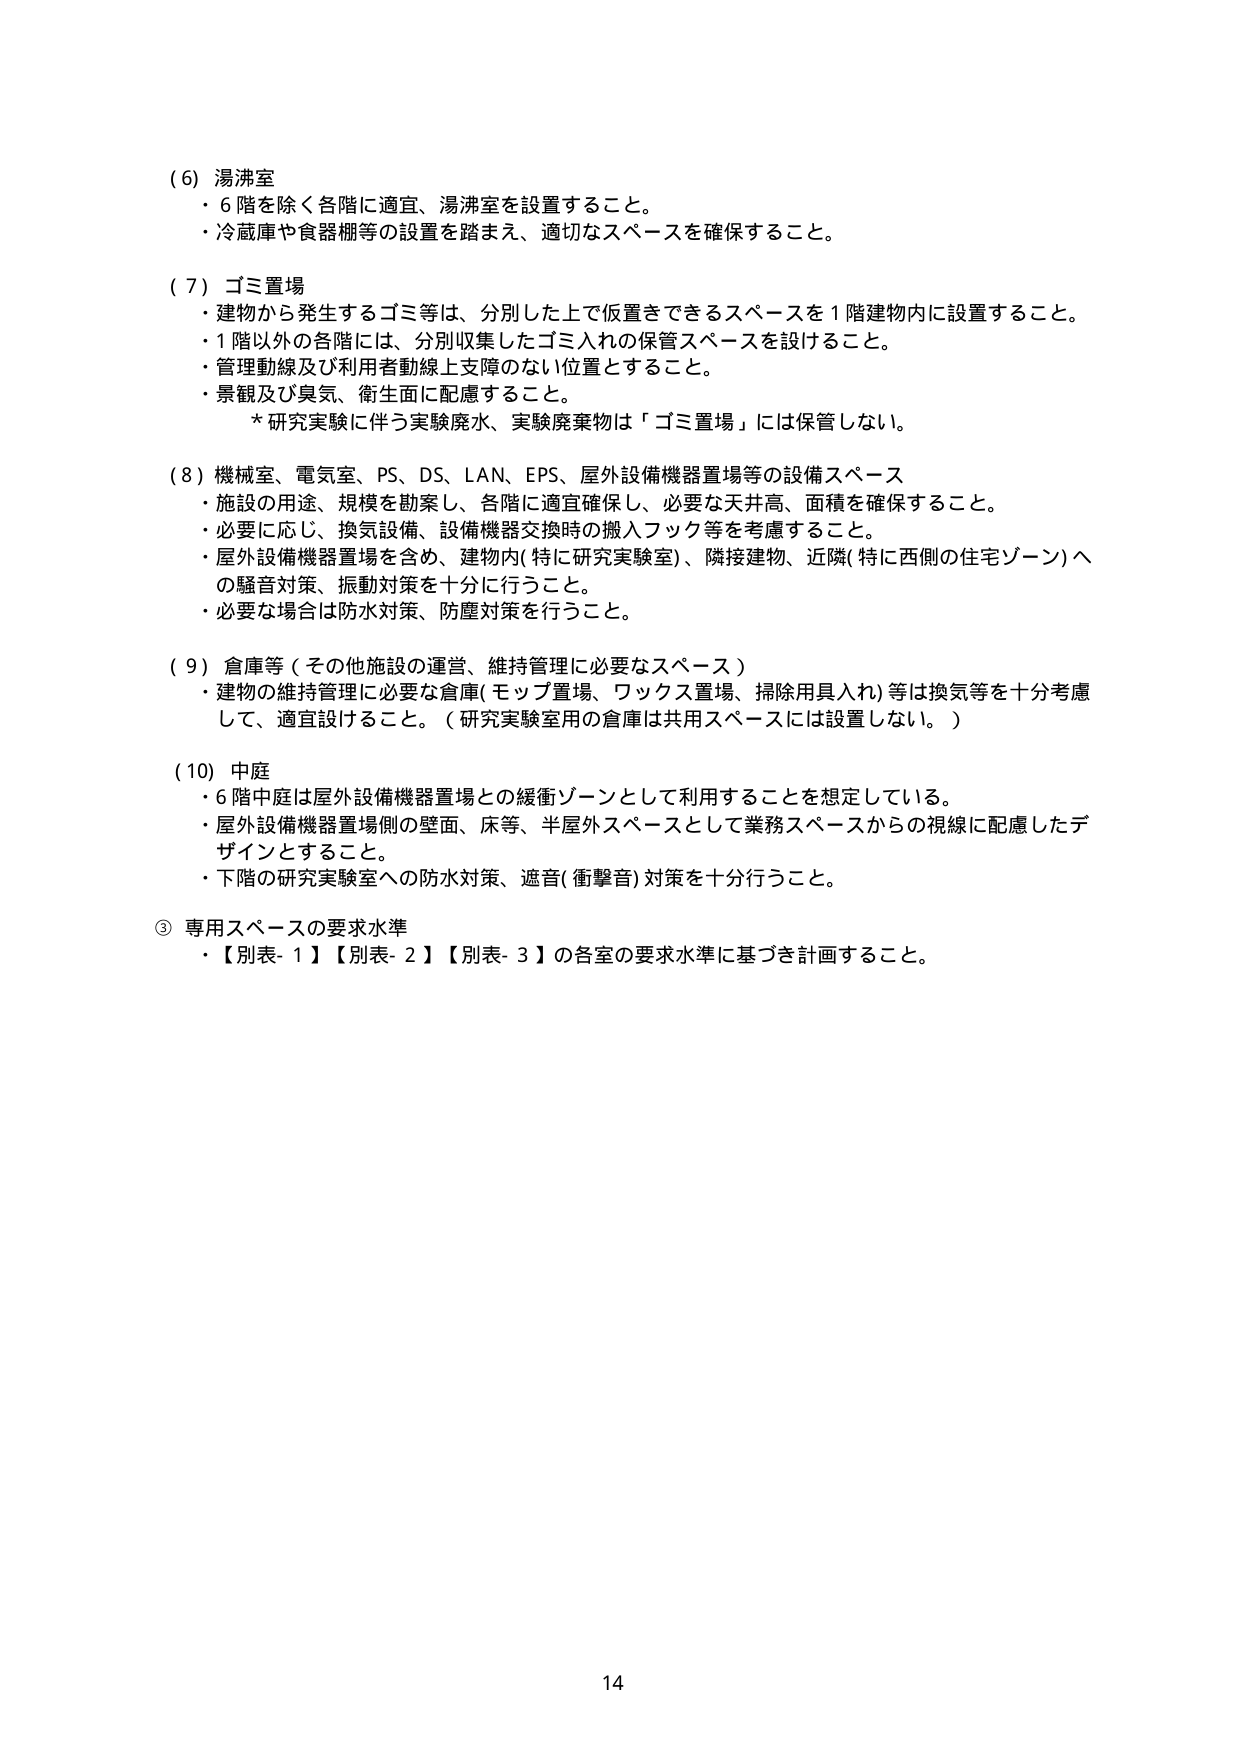
(6) 湯沸室
・6階を除く各階に適宜、湯沸室を設置すること。
・冷蔵庫や食器棚等の設置を踏まえ、適切なスペースを確保すること。

(7) ゴミ置場
・建物から発生するゴミ等は、分別した上で仮置きできるスペースを1階建物内に設置すること。
・1階以外の各階には、分別収集したゴミ入れの保管スペースを設けること。
・管理動線及び利用者動線上支障のない位置とすること。
・景観及び臭気、衛生面に配慮すること。
　*研究実験に伴う実験廃水、実験廃棄物は「ゴミ置場」には保管しない。

(8) 機械室、電気室、PS、DS、LAN、EPS、屋外設備機器置場等の設備スペース
・施設の用途、規模を勘案し、各階に適宜確保し、必要な天井高、面積を確保すること。
・必要に応じ、換気設備、設備機器交換時の搬入フック等を考慮すること。
・屋外設備機器置場を含め、建物内（特に研究実験室）、隣接建物、近隣（特に西側の住宅ゾーン）への騒音対策、振動対策を十分に行うこと。
・必要な場合は防水対策、防塵対策を行うこと。

(9) 倉庫等（その他施設の運営、維持管理に必要なスペース）
・建物の維持管理に必要な倉庫（モップ置場、ワックス置場、掃除用具入れ）等は換気等を十分考慮して、適宜設けること。（研究実験室用の倉庫は共用スペースには設置しない。）

(10) 中庭
・6階中庭は屋外設備機器置場との緩衝ゾーンとして利用することを想定している。
・屋外設備機器置場側の壁面、床等、半屋外スペースとして業務スペースからの視線に配慮したデザインとすること。
・下階の研究実験室への防水対策、遮音（衝撃音）対策を十分行うこと。

③ 専用スペースの要求水準
・【別表-1】【別表-2】【別表-3】の各室の要求水準に基づき計画すること。

14